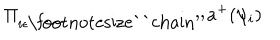
LaTeX: \displaystyle \Pi _ { i \epsilon \mathrm { \footnotesize ` ` c h a i n ^ { \prime \prime } } } a ^ { + } ( \psi _ { i } )